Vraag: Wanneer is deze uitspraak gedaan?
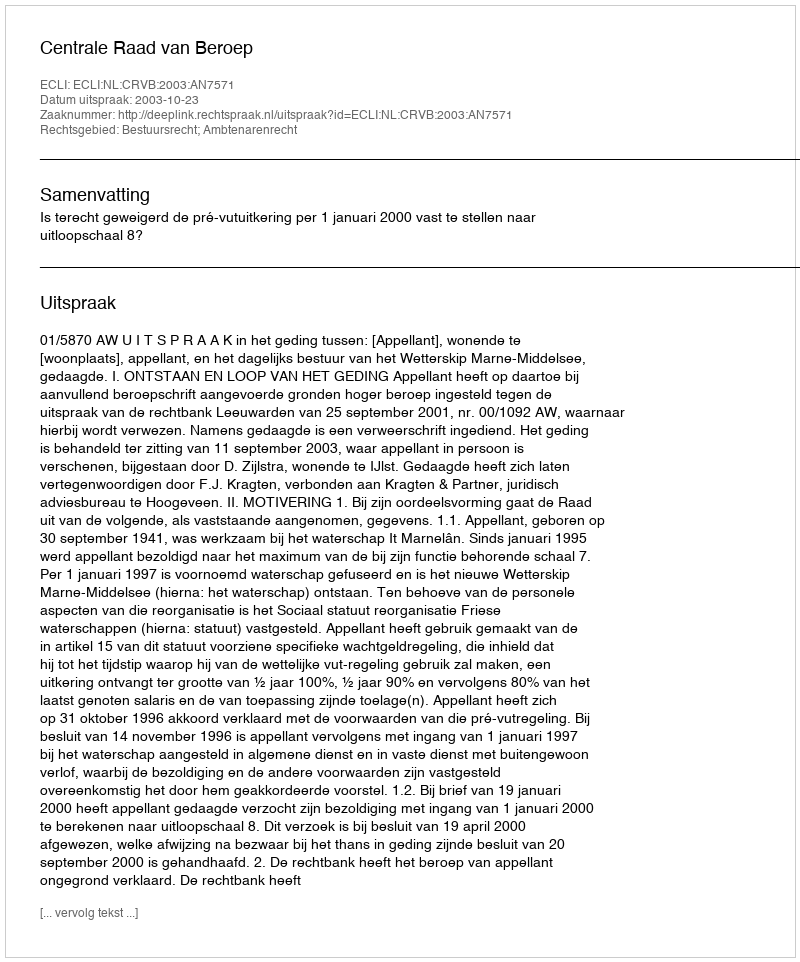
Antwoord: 2003-10-23